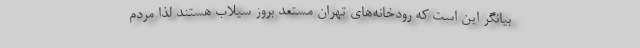
بیانگر این است که رودخانه‌های تهران مستعد بروز سیلاب هستند لذا مردم